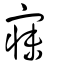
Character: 寐